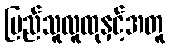
ပြည်သူလူထုနှင့်အတူ